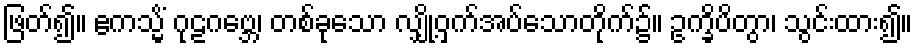
ဖြတ်၍။ ဧကသ္မိံ ဂုဠဂဗ္ဘေ၊ တစ်ခုသော လျှို့ဝှက်အပ်သောတိုက်၌။ ဥက္ခိပိတွာ၊ သွင်းထား၍။